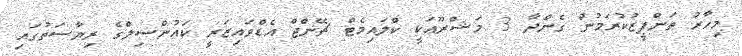
މިހާރު ތަންފީޒުކުރަމުން ގެންދާ 3 މަޝްރޫޢަކީ ކްލައިމެޓް ޗޭންޖް އެޑްވައިޒަރީ ކައުންސިލްގެ ރިޔާސަތުގައި